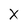
Character: X